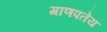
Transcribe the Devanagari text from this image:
गाणपतेय